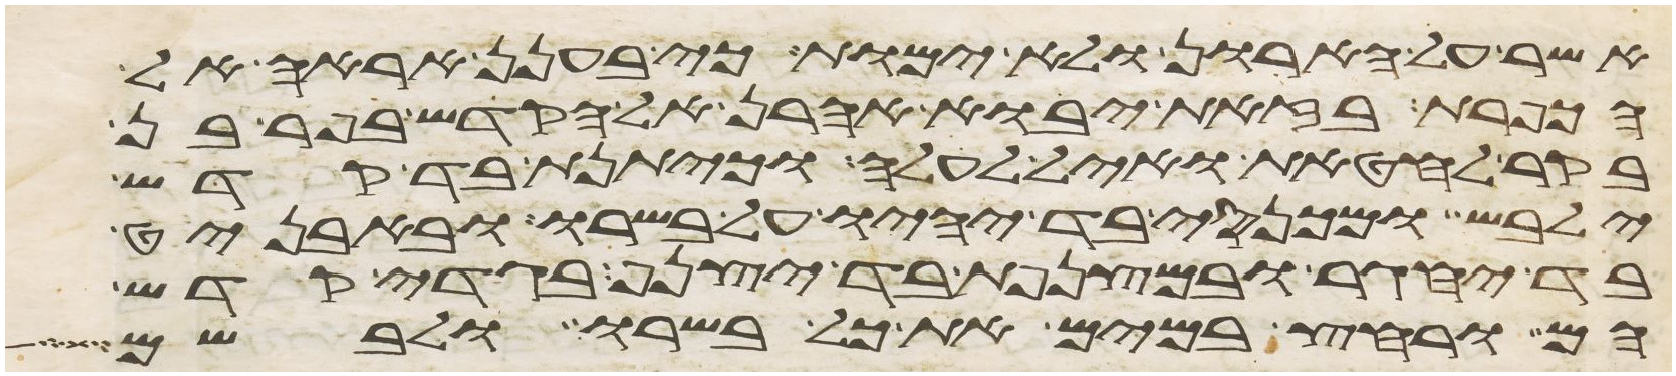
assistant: אשר על הארון ולא ימות כי בענן אראה אל
הכפרת בזאת יבוא אהרן אל הקדש בפר בן
בקר לחטאת ואיל לעלה וכיתנת בד קדש
ילבש ומכנסי בד יהיו על בשרו ובאבניט
בד יחגר ובמצנפת בד יצנף בגדי קדש
הם ורחץ במים את כל בשרו ולבשם